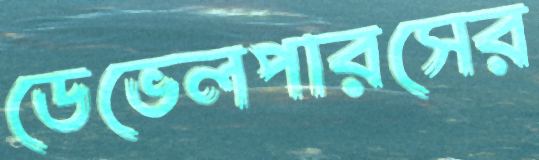
ডেভেলপারসের